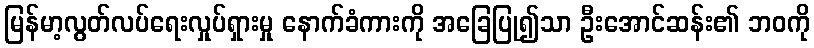
မြန်မာ့လွတ်လပ်ရေးလှုပ်ရှားမှု နောက်ခံကားကို အခြေပြု၍သာ ဦးအောင်ဆန်း၏ ဘဝကို